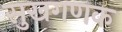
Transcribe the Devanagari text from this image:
सुखगणक